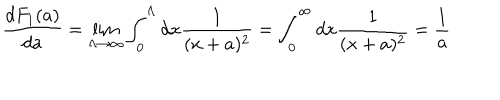
\frac { d F _ { 1 } ( a ) } { d a } = \lim _ { \Lambda \rightarrow \infty } \int _ { 0 } ^ { \Lambda } d x \frac 1 { ( x + a ) ^ { 2 } } = \int _ { 0 } ^ { \infty } d x \frac 1 { ( x + a ) ^ { 2 } } = \frac 1 a